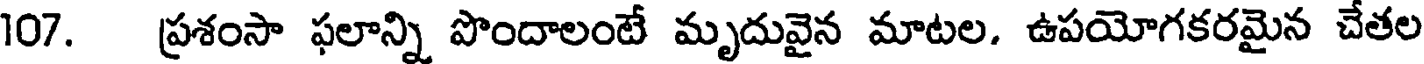
107. ప్రశంసా ఫలాన్ని పొందాలంటే మృదువైన మాటల. ఉపయోగకరమైన చేతల